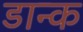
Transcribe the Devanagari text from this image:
डान्क